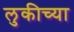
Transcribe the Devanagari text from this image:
लुकीच्या